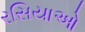
રસિયાઓ